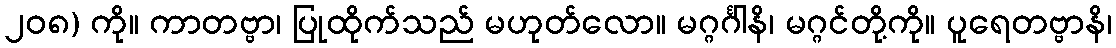
၂၀၈) ကို။ ကာတဗ္ဗာ၊ ပြုထိုက်သည် မဟုတ်လော။ မဂ္ဂင်္ဂါနိ၊ မဂ္ဂင်တို့ကို။ ပူရေတဗ္ဗာနိ၊